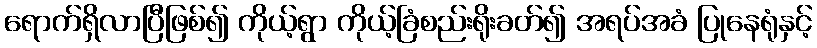
ရောက်ရှိလာပြီဖြစ်၍ ကိုယ့်ရွာ ကိုယ့်ခြံစည်းရိုးခတ်၍ အရပ်အခံ ပြုနေရုံနှင့်